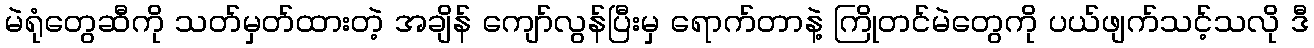
မဲရုံတွေဆီကို သတ်မှတ်ထားတဲ့ အချိန် ကျော်လွန်ပြီးမှ ရောက်တာနဲ့ ကြိုတင်မဲတွေကို ပယ်ဖျက်သင့်သလို ဒီ